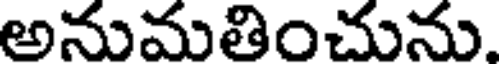
అనుమతించును.